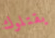
يقتلوك